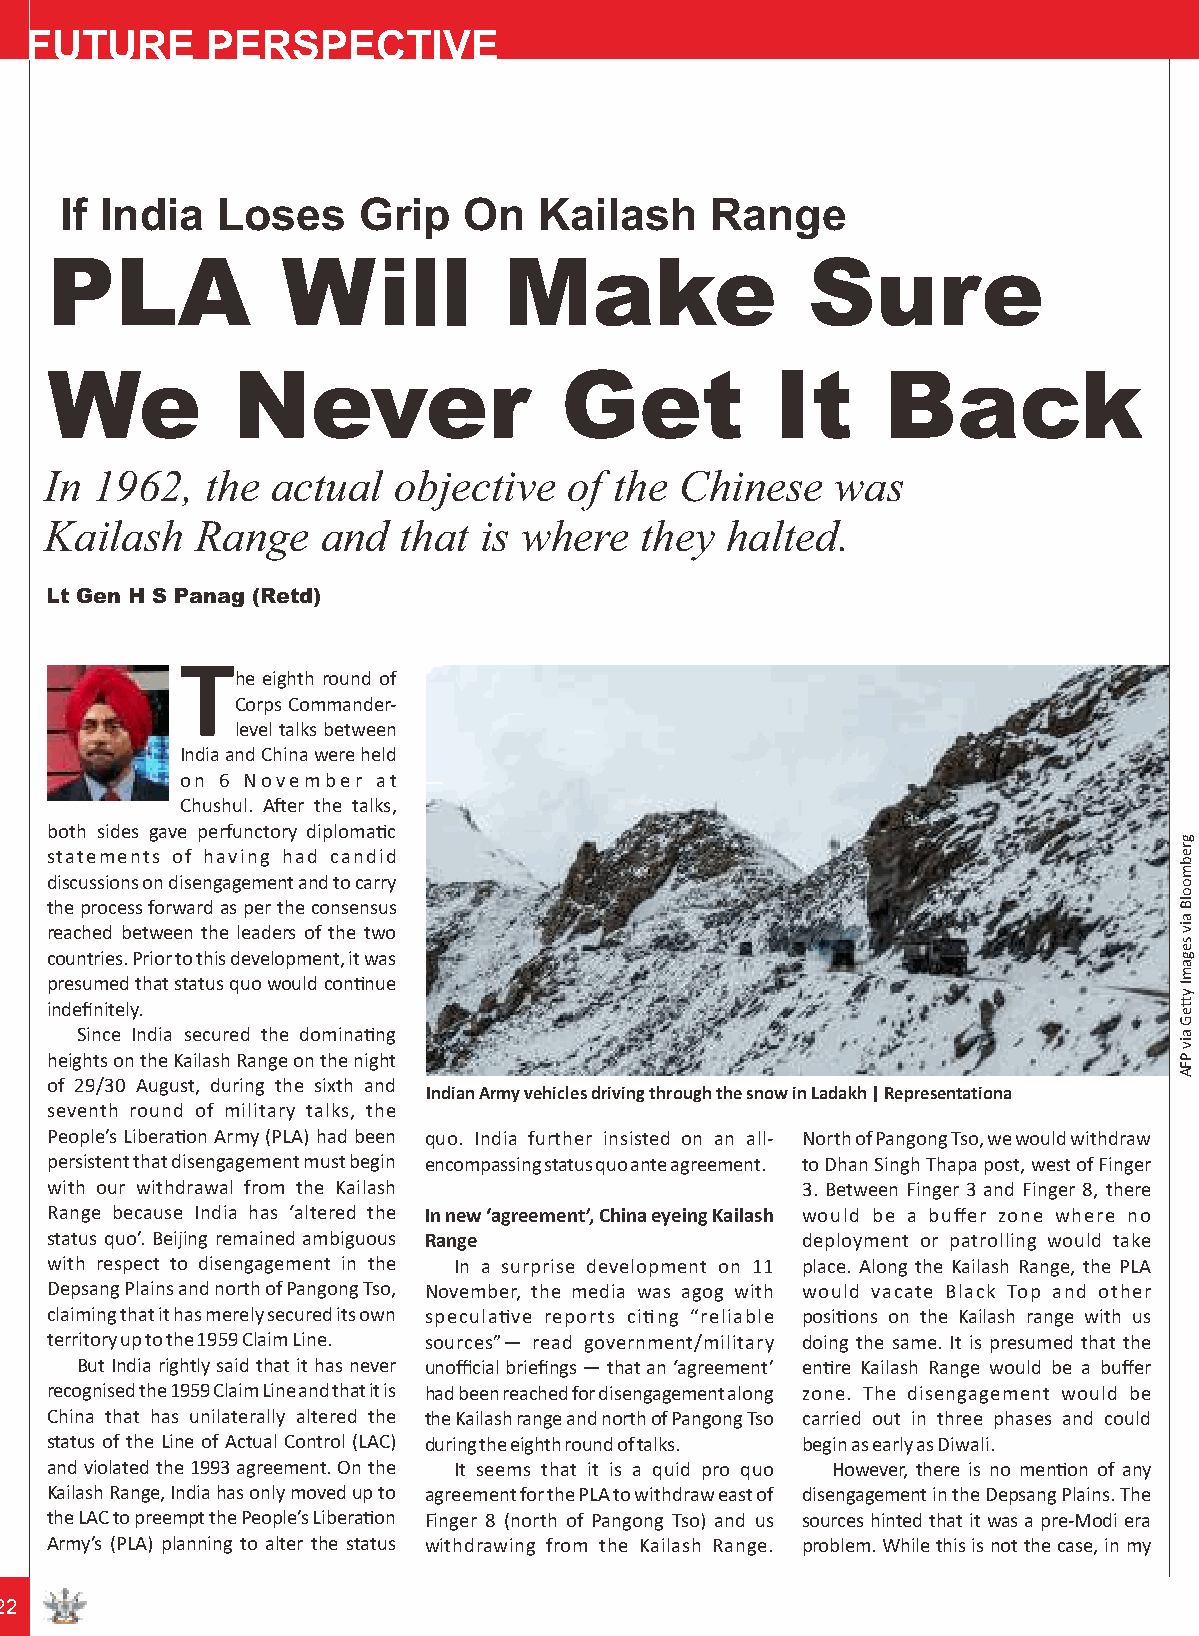
FUTURE      PERSPECTIVE
 If India  Loses     Grip   On   Kailash    Range
 PLA             Will          Make                Sure
 We          Never                 Get           It     Back
 In 1962,  the  actual  objective  of the  Chinese   was
 Kailash   Range   and  that  is where  they  halted.
 Lt Gen H S Panag (Retd)
 T
 he eighth round of
 Corps Commander-
 level talks between
 India and China were held
 on 6 November at
 Chushul. Aer the talks,
 both sides gave perfunctory diplomac
 statements of having had candid
 discussions on disengagement and to carry
 the process forward as per the consensus
 reached between the leaders of the two
 countries. Prior to this development, it was
 presumed that status quo would connue
 indefinitely.
 Since India secured the dominang
 heights on the Kailash Range on the night
 of 29/30 August, during the sixth and
 Indian Army vehicles driving through the snow in Ladakh | Representationa
 seventh round of military talks, the
 People’s Liberaon Army (PLA) had been quo. India further insisted on an all- North of Pangong Tso, we would withdraw
 persistent that disengagement must begin encompassing status quo ante agreement. to Dhan Singh Thapa post, west of Finger
 with our withdrawal from the Kailash              3. Between Finger 3 and Finger 8, there
 Range because India has ‘altered the In new ‘agreement’, China eyeing Kailash would be a buffer zone where no
 status quo’. Beijing remained ambiguous Range     deployment or patrolling would take
 with respect to disengagement in the In a surprise development on 11 place. Along the Kailash Range, the PLA
 Depsang Plains and north of Pangong Tso, November, the media was agog with would vacate Black Top and other
 claiming that it has merely secured its own speculave reports cing “reliable posions on the Kailash range with us
 territory up to the 1959 Claim Line. sources”— read government/military doing the same. It is presumed that the
 But India rightly said that it has never unofficial briefings — that an ‘agreement’ enre Kailash Range would be a buffer
 recognised the 1959 Claim Line and that it is had been reached for disengagement along zone. The disengagement would be
 China that has unilaterally altered the the Kailash range and north of Pangong Tso carried out in three phases and could
 status of the Line of Actual Control (LAC) during the eighth round of talks. begin as early as Diwali.
 and violated the 1993 agreement. On the It seems that it is a quid pro quo However, there is no menon of any
 Kailash Range, India has only moved up to agreement for the PLA to withdraw east of disengagement in the Depsang Plains. The
 the LAC to preempt the People’s Liberaon Finger 8 (north of Pangong Tso) and us sources hinted that it was a pre-Modi era
 Army’s (PLA) planning to alter the status withdrawing from the Kailash Range. problem. While this is not the case, in my
 122
 grebmoolB
 aiv
 segamI
 ytteG
 aiv
 PFA